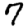
Digit: 7